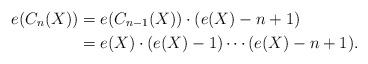
LaTeX: \begin{align*}e(C_n(X))&=e(C_{n-1}(X))\cdot(e(X)-n+1)\\&=e(X)\cdot(e(X)-1)\cdots(e(X)-n+1). \end{align*}